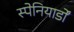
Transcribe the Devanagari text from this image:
स्पेनियार्डों